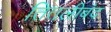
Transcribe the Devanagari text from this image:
तितलीबंद